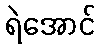
ရဲအောင်